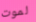
لموت